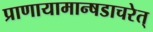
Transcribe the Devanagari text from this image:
प्राणायामान्षडाचरेत्